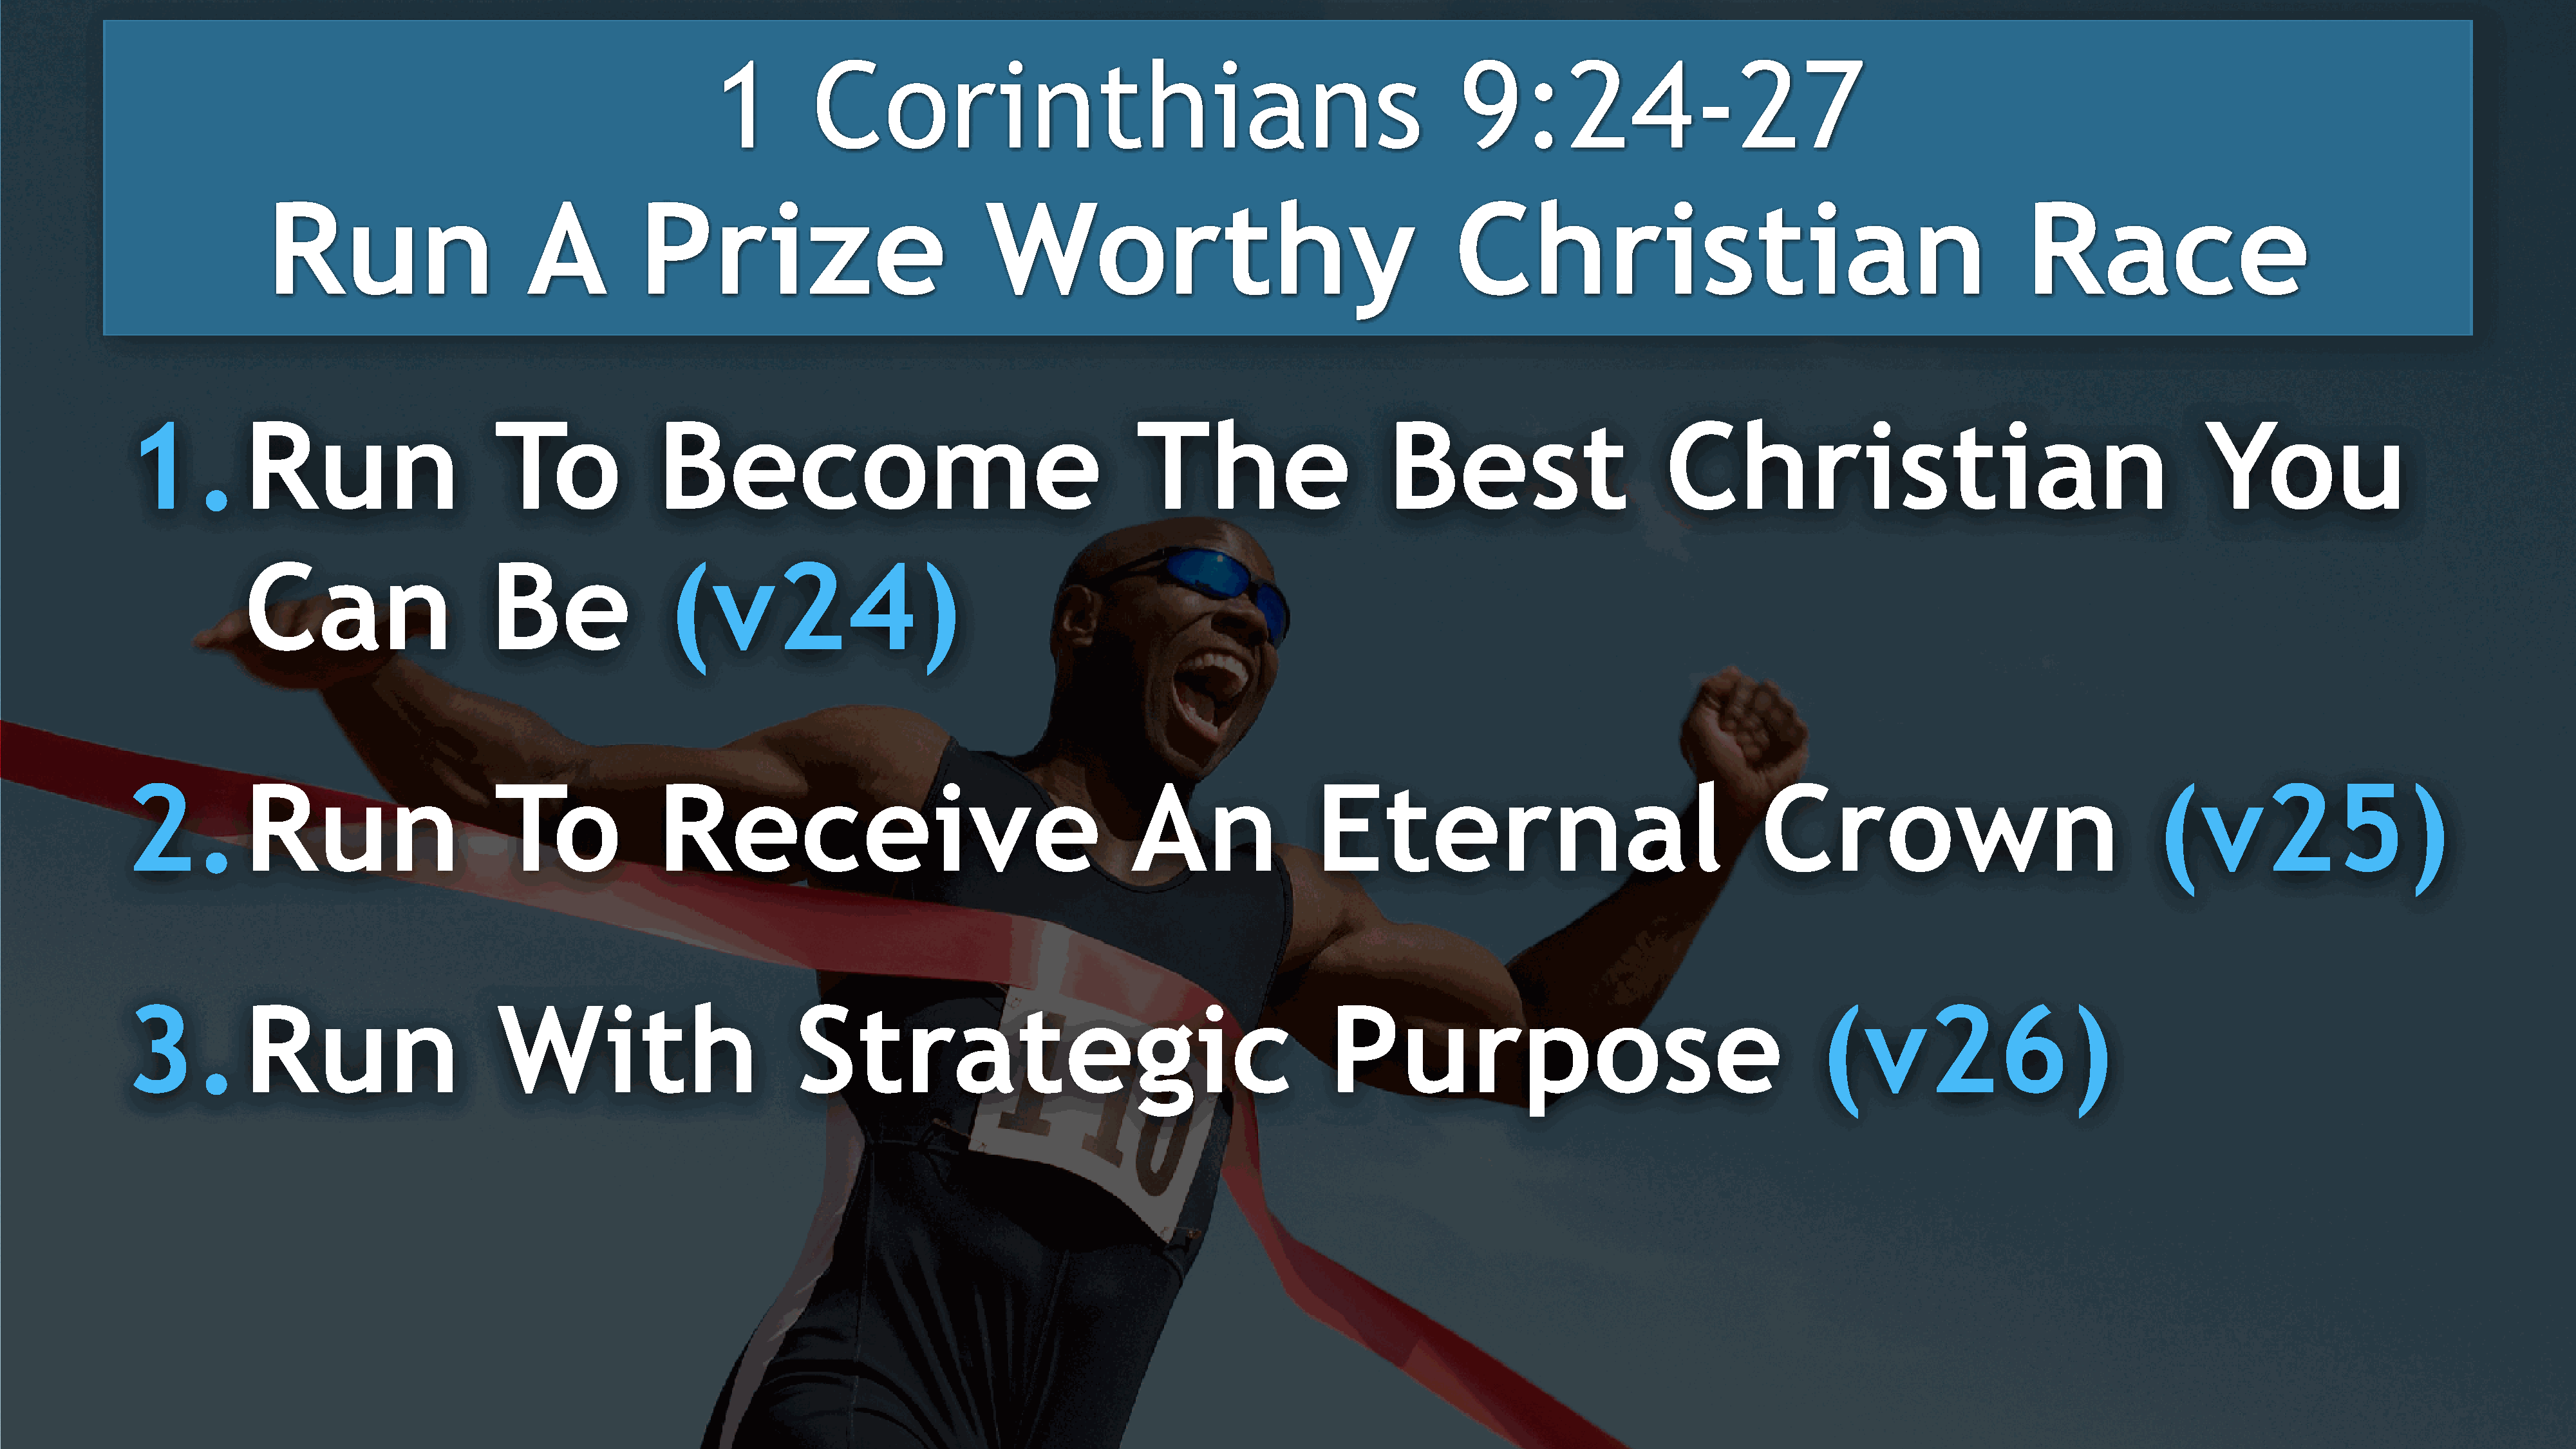
1         Corinthians                                                        9:24-27
 Run                        A           Prize                              Worthy                                           Christian                                                 Race
 1.          Run                       To               Become                                           The                       Best                        Christian                                               You
 Can                      Be                 (v24)
 2.          Run                       To               Receive                                         An                 Eternal                                       Crown                                    (v25)
 3.          Run                       With                           Strategic                                              Purpose                                           (v26)